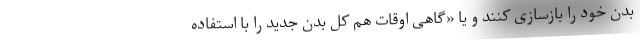
بدن خود را بازسازی کنند و یا «گاهی اوقات هم کل بدن‌ جدید را با استفاده